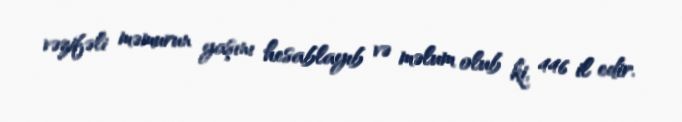
vəzifəli məmurun yaşını hesablayıb və məlum olub ki, 446 il edir.